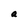
Character: a